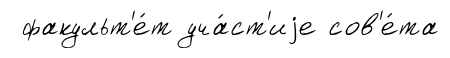
факульт'е́т уча́ст'иjе сов'е́та